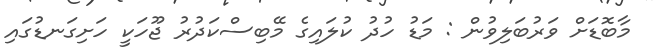
މާބޮޑަށް ވަރުބަލިވުން : މަޑު ހުދު ކުލައިގެ މޭބިސްކަދުރު ޖޫހަކީ ހަށިގަނޑުގައި